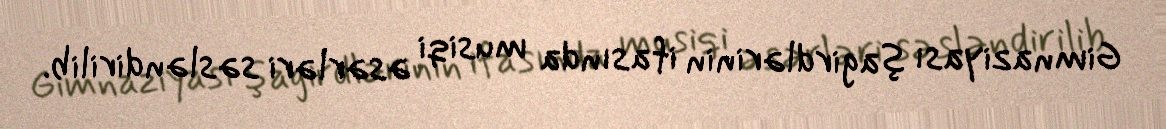
Gimnaziyası şagirdlərinin ifasında musiqi əsərləri səsləndirilib.